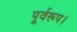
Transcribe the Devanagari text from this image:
पूर्वरूप।